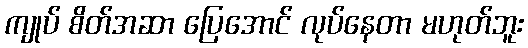
ကျုပ် စိတ်အဆာ ပြေအောင် လုပ်နေတာ မဟုတ်ဘူး